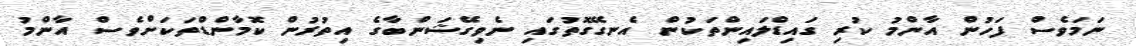
ނަމަވެސް ފަހުން އާންމު ކުރި ގައިޑްލައިންތަކުން އެނގޭގޮތުގައި ނެވިގޭޝަންބާގެ އިތުރުން ކޮމާންޑްތަކަށްވެސް އާންމު